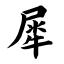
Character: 犀